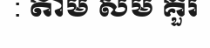
: តាម សម គួរ